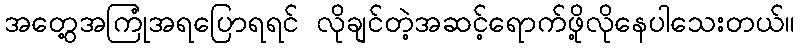
အတွေ့အကြုံအရပြောရရင် လိုချင်တဲ့အဆင့်ရောက်ဖို့လိုနေပါသေးတယ်။